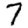
Digit: 7